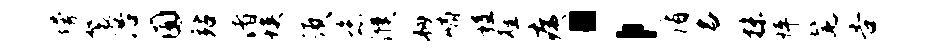
墁鬟浴囿站渚埃须恣濮韧峭程旌痍；侑名抹怦髦告